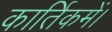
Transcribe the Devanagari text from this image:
कार्तिकमें।